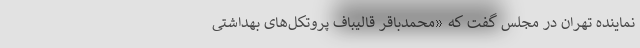
نماینده تهران در مجلس گفت که «محمدباقر قالیباف پروتکل‌های بهداشتی